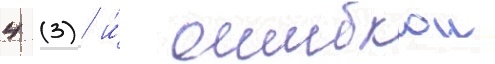
4 (3) и́ ошибкои